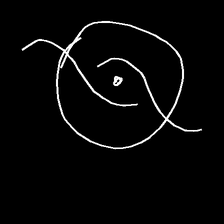
Glyph: repetition